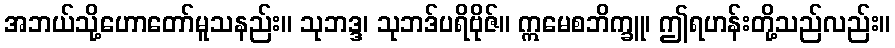
အဘယ်သို့ဟောတော်မူသနည်း။ သုဘဒ္ဒ၊ သုဘဒ်ပရိဗိုဇ်။ ဣမေစဘိက္ခူ၊ ဤရဟန်းတို့သည်လည်း။